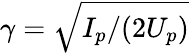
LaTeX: \gamma=\sqrt{I_{p}/(2U_{p})}